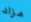
مزاد